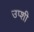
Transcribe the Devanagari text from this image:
उप्शी